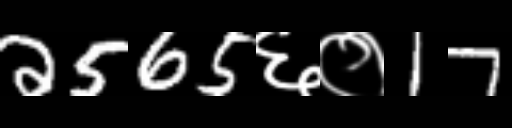
Text: 2565६०17